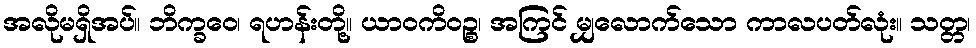
အလိုမရှိအပ်။ ဘိက္ခဝေ၊ ရဟန်းတို့။ ယာဝကိဝဉ္စ၊ အကြင် မျှလောက်သော ကာလပတ်လုံး။ သတ္တ၊